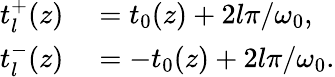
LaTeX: \begin{array}{rl}{t_{l}^{+}(z)}&{{}=t_{0}(z)+2l\pi/\omega_{0},}\\ {t_{l}^{-}(z)}&{{}=-t_{0}(z)+2l\pi/\omega_{0}.}\end{array}